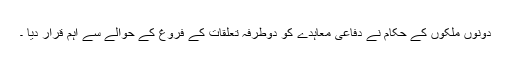
دونوں ملکوں کے حکام نے دفاعی معاہدے کو دوطرفہ تعلقات کے فروغ کے حوالے سے اہم قرار دیا ۔